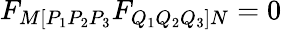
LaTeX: F_{M[P_{1}P_{2}P_{3}}F_{Q_{1}Q_{2}Q_{3}]N}=0